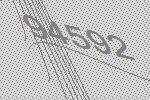
94592